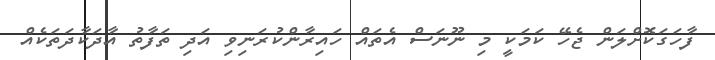
ފާހަގަކޮށްލަން ޖެހޭ ކަމަކީ މި ނޫނަސް އެތައް ހައިރާންކުރަނިވި އަދި ތަފާތު އާދަކާދަތަކެއް